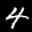
Label: 4